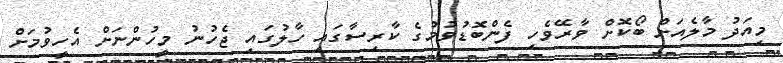
މިއަދު މާލެއަށް ބޯކޮށް ވާރޭވެހި ފެންބޮޑުވުމުގެ ކާރިސާގައި ހާލުގައި ޖެހުނު މީހުންނަށް އެހީވުމަށް